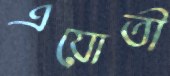
এয়োতী